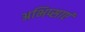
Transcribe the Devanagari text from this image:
अभिप्साएं